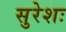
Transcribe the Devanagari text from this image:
सुरेशः